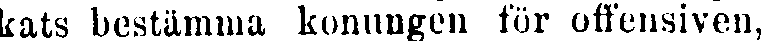
kats bestämma konungen för offensiven,